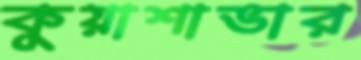
কুয়াশাভার